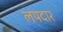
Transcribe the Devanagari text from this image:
लयदार